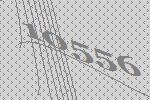
10556